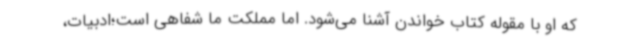
که او با مقوله کتاب خواندن آشنا می‌شود. اما مملکت ما شفاهی است؛ادبیات،